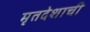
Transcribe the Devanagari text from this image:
मृतदेशाची